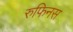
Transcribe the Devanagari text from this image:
रुफिनस